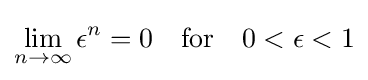
\lim _{n\to \infty }\epsilon ^{n}=0\quad {\text{for}}\quad 0<\epsilon <1